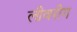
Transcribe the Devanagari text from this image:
लीवरीग